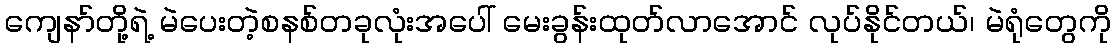
ကျေနာ်တို့ရဲ့ မဲပေးတဲ့စနစ်တခုလုံးအပေါ် မေးခွန်းထုတ်လာအောင် လုပ်နိုင်တယ်၊ မဲရုံတွေကို